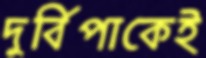
দুর্বিপাকেই